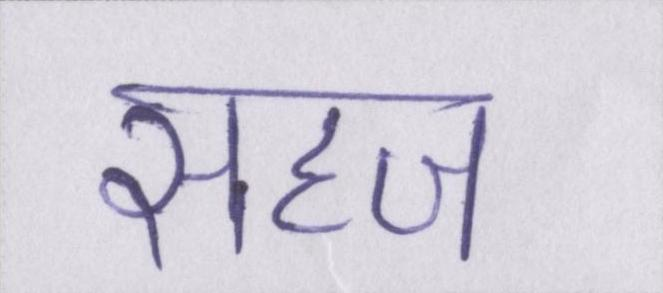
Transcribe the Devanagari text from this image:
सहज